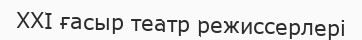
XXI ғасыр театр режиссерлері